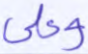
وعلى